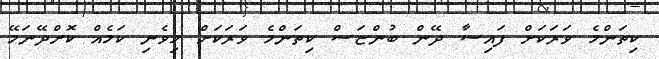
ކިތަންމެ ވަރަކަށް ފައިސާ ދޭން ބުންޏަސް ކިތަންމެ ވަރަކަށް މިވެނި ކަމެއް ކޮށްދޭނަމޭ